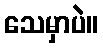
သေမှာပဲ။